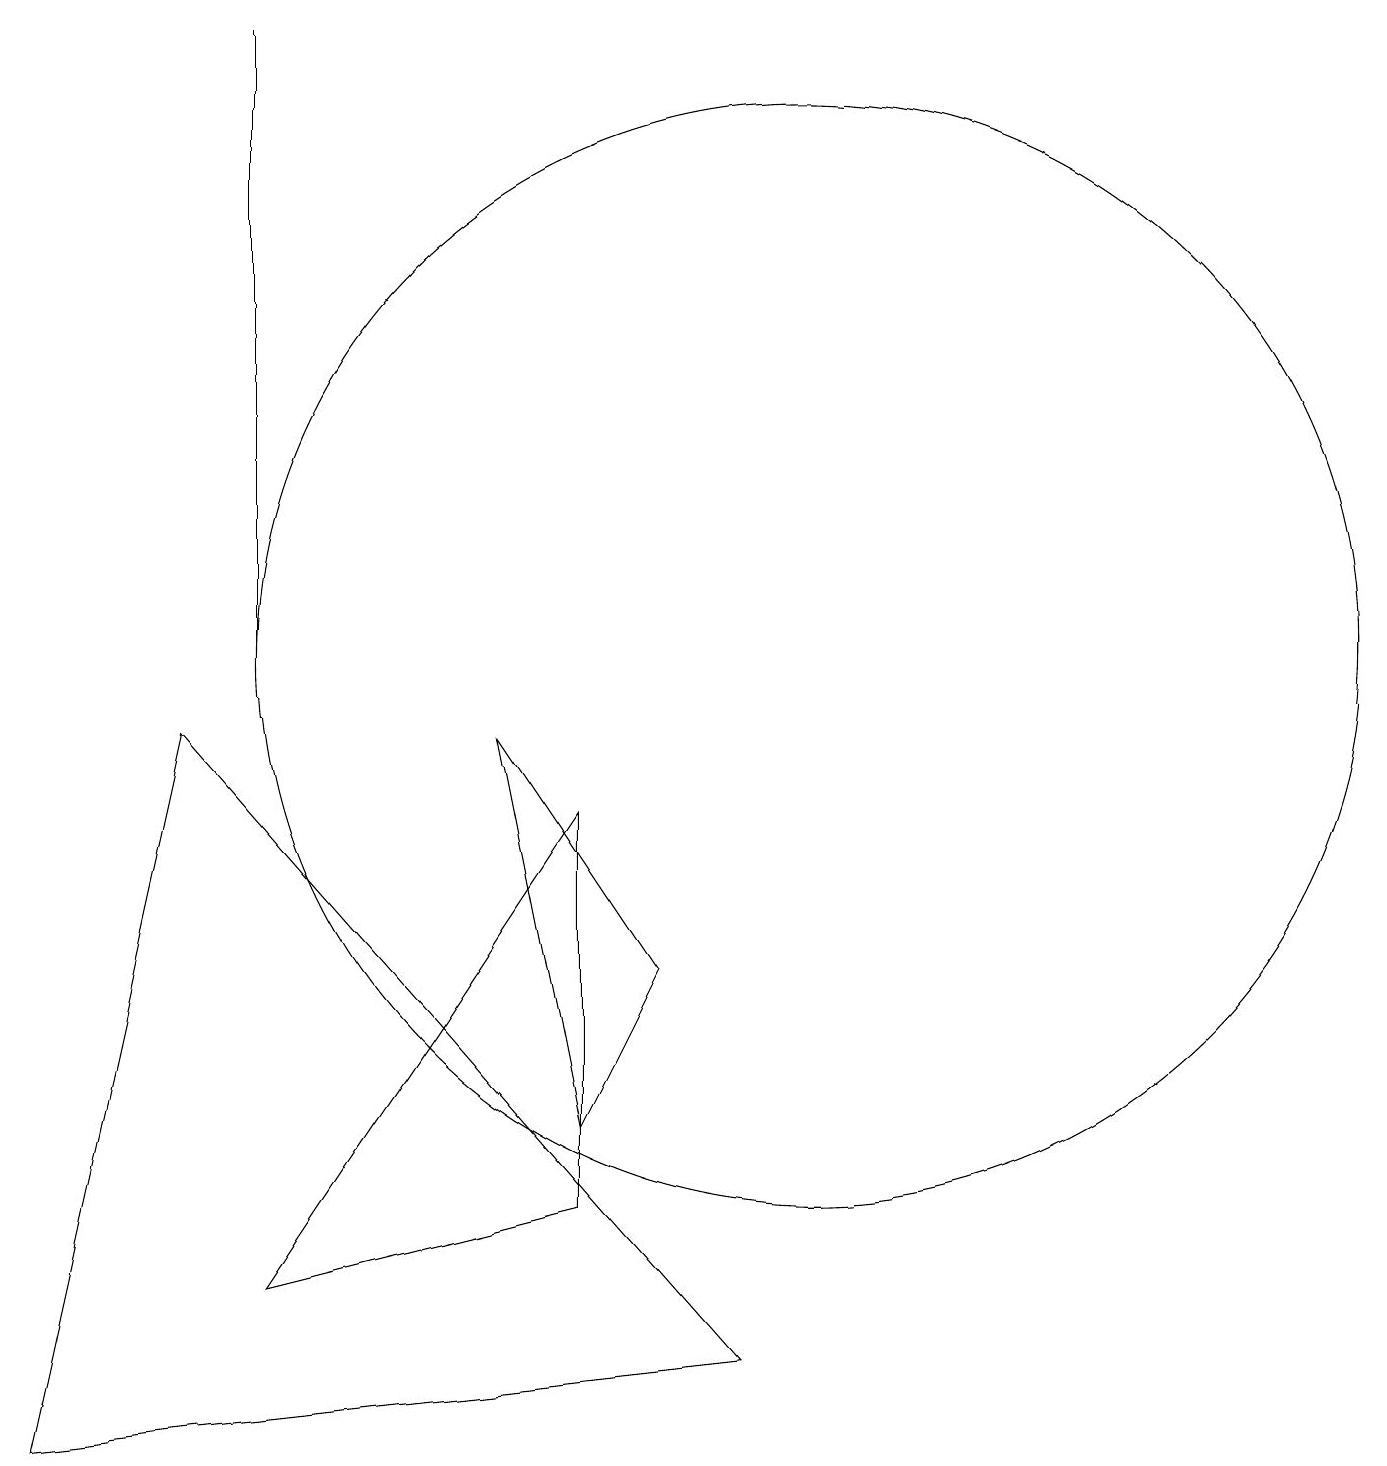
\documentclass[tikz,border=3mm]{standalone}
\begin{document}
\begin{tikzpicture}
\draw (3,18) rectangle (3,10);
\draw (10,10) circle (7);
\draw (3,2) -- (7,8) -- (7,3) -- cycle;
\draw (6,9) -- (7,4) -- (8,6) -- cycle;
\draw (0,0) -- (2,9) -- (9,1) -- cycle;
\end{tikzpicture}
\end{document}